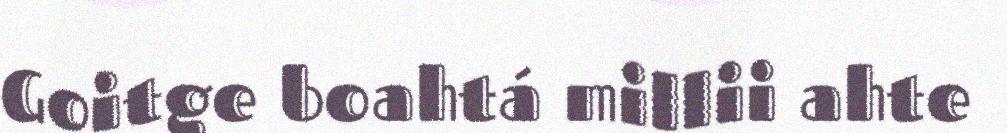
Goitge boahtá millii ahte